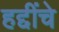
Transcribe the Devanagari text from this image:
हद्दींचे